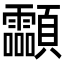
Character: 𩖊